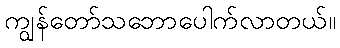
ကျွန်တော်သဘောပေါက်လာတယ်။